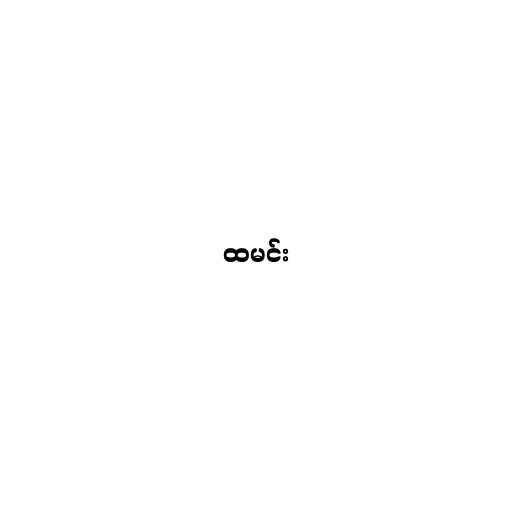
ထမင်း